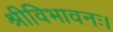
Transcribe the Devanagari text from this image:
श्रीविभावनः।